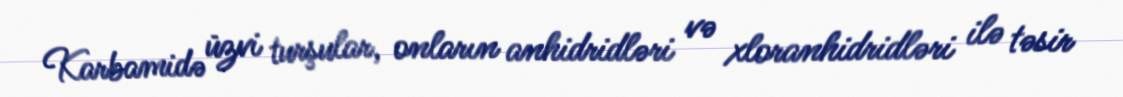
Karbamidə üzvi turşular, onların anhidridləri və xloranhidridləri ilə təsir